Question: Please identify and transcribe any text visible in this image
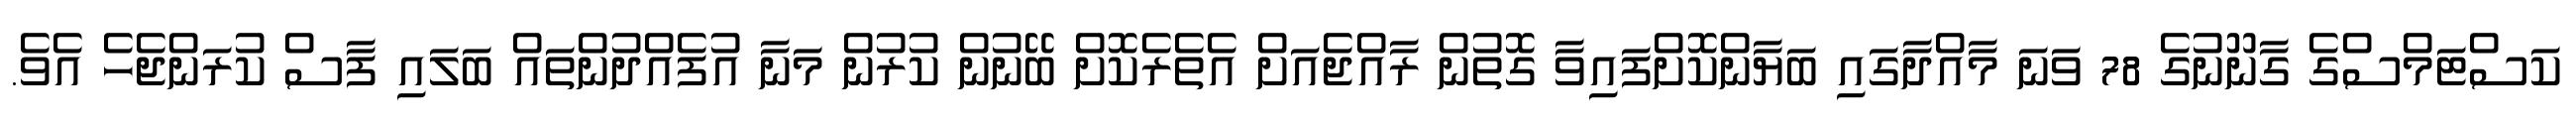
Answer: ކަސްޓަމްސްގެ ގާނޫނުގެ 78 ވަނަ މާއްދާގައި ބަޔާންކޮށްފައިވާ ގޮތުން ރާއްޖެއަށް އެތެރެކޮށް ބޭނުން ކުރުން މަނާ އުފެއްދުންތައް ބަލައި ފާސް ކުރަންޖެހެ އެވެ.